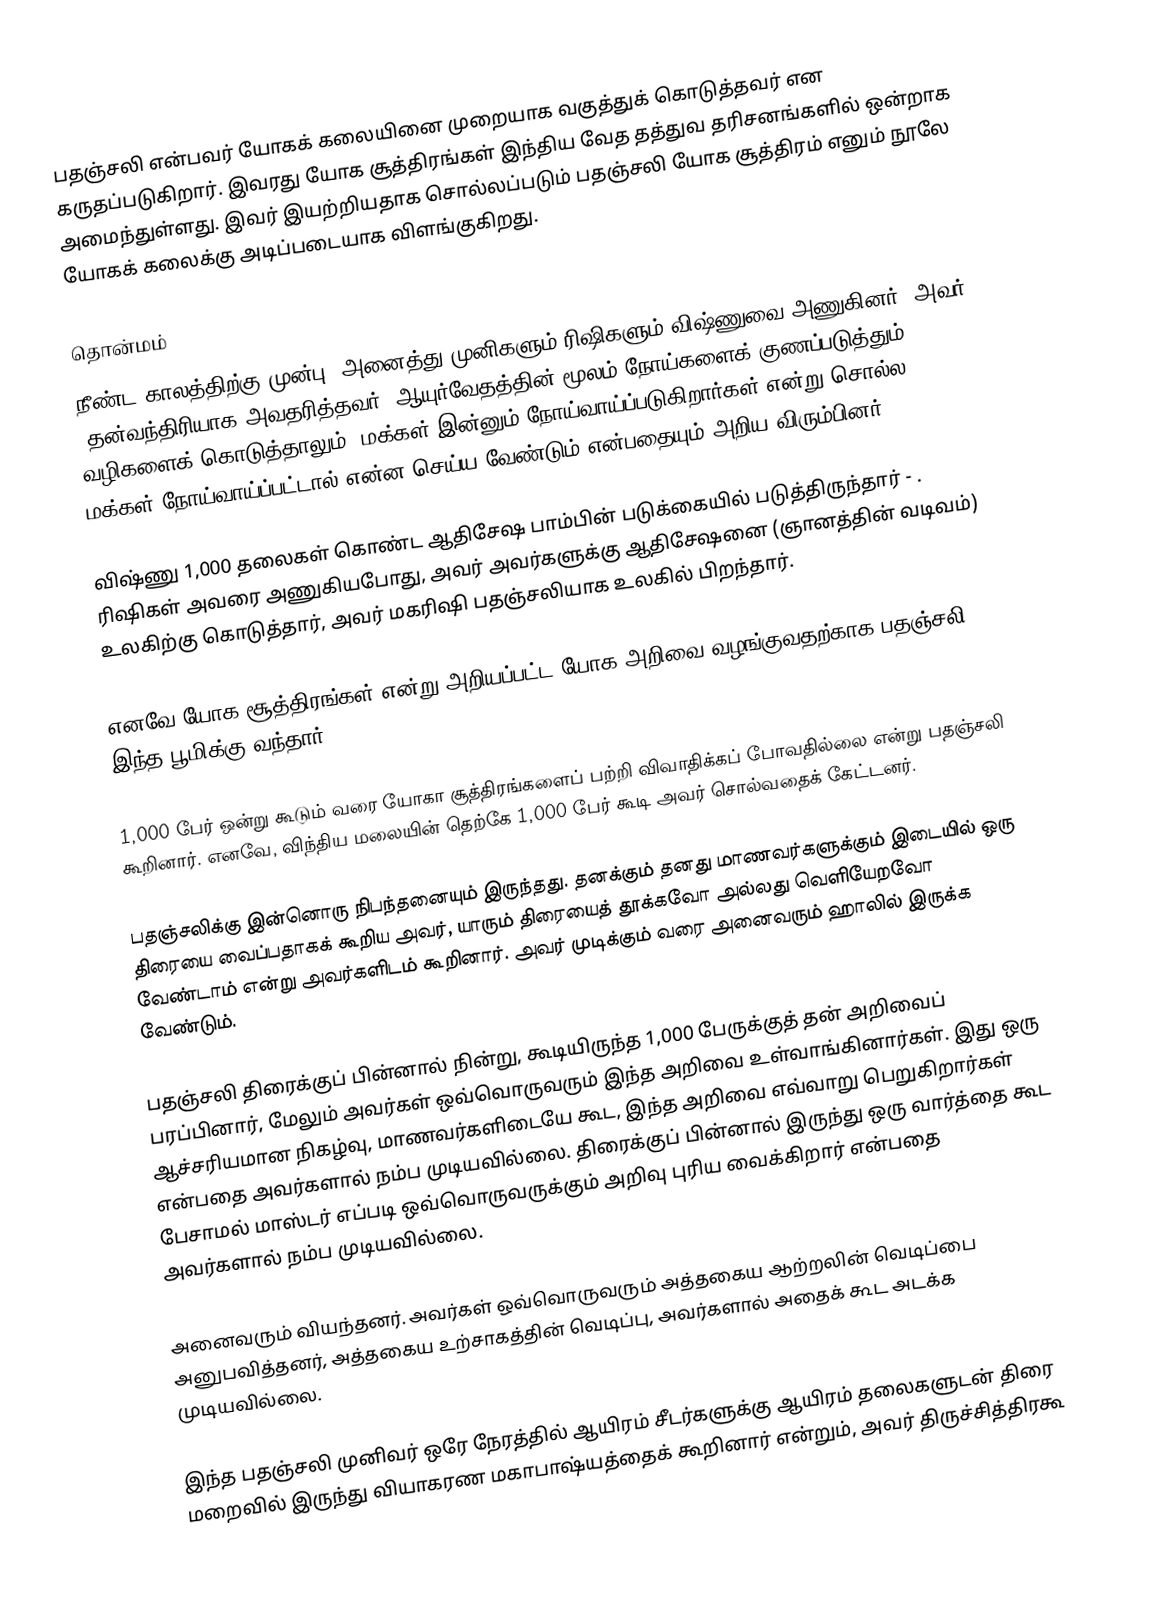
பதஞ்சலி என்பவர்  யோகக் கலையினை முறையாக வகுத்துக் கொடுத்தவர் என கருதப்படுகிறார். இவரது யோக சூத்திரங்கள் இந்திய வேத தத்துவ தரிசனங்களில் ஒன்றாக அமைந்துள்ளது. இவர் இயற்றியதாக சொல்லப்படும் பதஞ்சலி யோக சூத்திரம் எனும் நூலே யோகக் கலைக்கு அடிப்படையாக விளங்குகிறது.

தொன்மம்
நீண்ட காலத்திற்கு முன்பு, அனைத்து முனிகளும் ரிஷிகளும் விஷ்ணுவை அணுகினர், அவர் (தன்வந்திரியாக அவதரித்தவர்) ஆயுர்வேதத்தின் மூலம் நோய்களைக் குணப்படுத்தும் வழிகளைக் கொடுத்தாலும், மக்கள் இன்னும் நோய்வாய்ப்படுகிறார்கள் என்று சொல்ல. மக்கள் நோய்வாய்ப்பட்டால் என்ன செய்ய வேண்டும் என்பதையும் அறிய விரும்பினர்.

விஷ்ணு 1,000 தலைகள் கொண்ட ஆதிசேஷ பாம்பின் படுக்கையில் படுத்திருந்தார் -  . ரிஷிகள் அவரை அணுகியபோது, அவர் அவர்களுக்கு ஆதிசேஷனை  (ஞானத்தின் வடிவம்) உலகிற்கு கொடுத்தார், அவர் மகரிஷி பதஞ்சலியாக உலகில் பிறந்தார்.

எனவே யோக சூத்திரங்கள் என்று அறியப்பட்ட யோக அறிவை வழங்குவதற்காக பதஞ்சலி இந்த பூமிக்கு வந்தார்.

1,000 பேர் ஒன்று கூடும் வரை யோகா சூத்திரங்களைப் பற்றி விவாதிக்கப் போவதில்லை என்று பதஞ்சலி கூறினார். எனவே, விந்திய மலையின் தெற்கே 1,000 பேர் கூடி அவர் சொல்வதைக் கேட்டனர்.

பதஞ்சலிக்கு இன்னொரு நிபந்தனையும் இருந்தது. தனக்கும் தனது மாணவர்களுக்கும் இடையில் ஒரு திரையை வைப்பதாகக் கூறிய அவர், யாரும் திரையைத் தூக்கவோ அல்லது வெளியேறவோ வேண்டாம் என்று அவர்களிடம் கூறினார். அவர் முடிக்கும் வரை அனைவரும் ஹாலில் இருக்க வேண்டும்.

பதஞ்சலி திரைக்குப் பின்னால் நின்று, கூடியிருந்த 1,000 பேருக்குத் தன் அறிவைப் பரப்பினார், மேலும் அவர்கள் ஒவ்வொருவரும் இந்த அறிவை உள்வாங்கினார்கள். இது ஒரு ஆச்சரியமான நிகழ்வு, மாணவர்களிடையே கூட, இந்த அறிவை எவ்வாறு பெறுகிறார்கள் என்பதை அவர்களால் நம்ப முடியவில்லை. திரைக்குப் பின்னால் இருந்து ஒரு வார்த்தை கூட பேசாமல் மாஸ்டர் எப்படி ஒவ்வொருவருக்கும் அறிவு புரிய வைக்கிறார் என்பதை அவர்களால் நம்ப முடியவில்லை.

அனைவரும் வியந்தனர். அவர்கள் ஒவ்வொருவரும் அத்தகைய ஆற்றலின் வெடிப்பை அனுபவித்தனர், அத்தகைய உற்சாகத்தின் வெடிப்பு, அவர்களால் அதைக் கூட அடக்க முடியவில்லை.

இந்த பதஞ்சலி முனிவர் ஒரே நேரத்தில் ஆயிரம் சீடர்களுக்கு ஆயிரம் தலைகளுடன் திரை மறைவில் இருந்து வியாகரண மகாபாஷ்யத்தைக் கூறினார் என்றும், அவர் திருச்சித்திரகூ